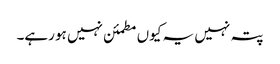
پتہ نہیں یہ کیوں مطمئن نہیں ہو رہے۔